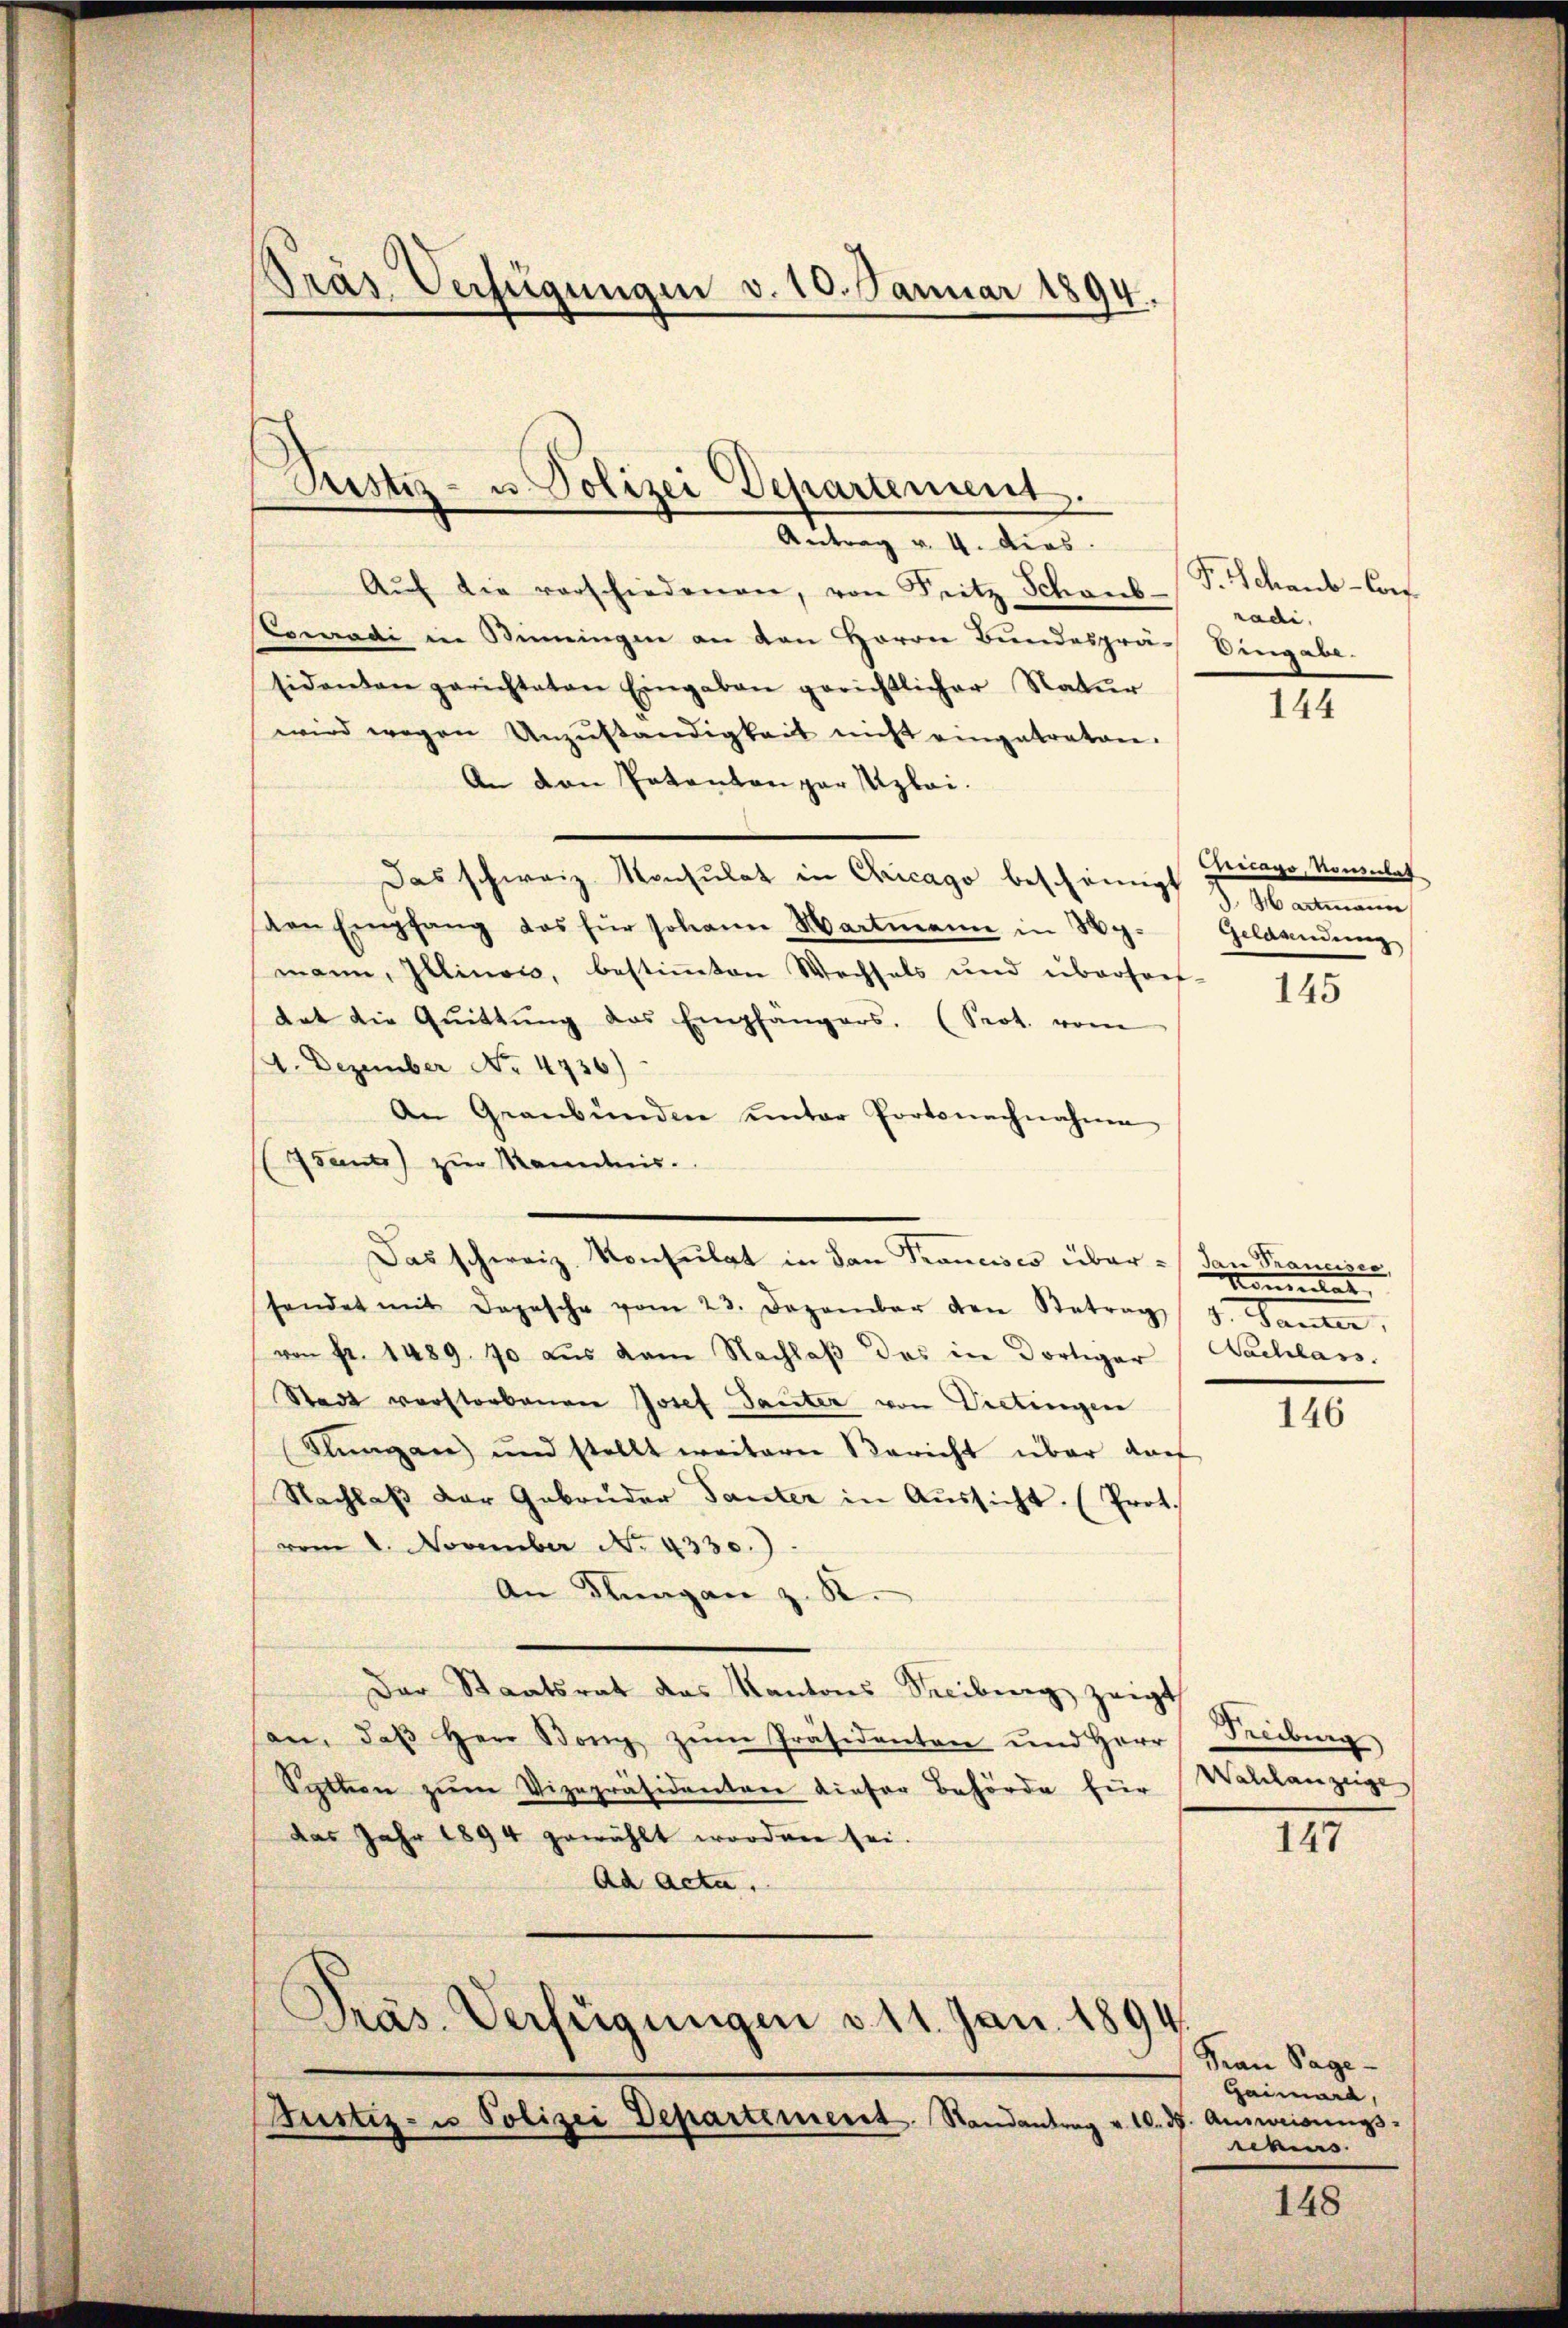
Präs. Verfügungen v. 10. Januar 1894.

Antrag v. 4. dies
Aŭf die verschiedenen, von Seitz Schaub-
Loradi in Biningen an den Herrn Bundesprä- Eingabe-
sidenten gerichteten Eingaben gerichtlicher Natŭr
wird wegen Unzŭständigkeit nicht eingetraten.
An den Patanton par Uzlai.
Das schweiz. Konsulat in Chicago bescheinigt & Hartmann
den Empfang das für Johann Martmann in Mg. Geldandŭng
mann, Illinow, bestimmten Wechsels und überfort-
tat die Qŭittŭng das Empfängers. (Prot. von
4. Dezember No. 4736)
An Graubünden unter Portsnachnahmen
Isants) zur Kenntnis.
sendet mit Depesche vom 23. Dezember den Betrag 5. Santen,
von Fr. 1489. 70 aus dem Nachlaβ das in dortiger Nachlass
Stadt vorstorbenen Josef Taciter von Vietiennen
Klungen) und stellt weiterer Bericht über darf
Nachlaβ der Gebrüder Tanter in Aŭssicht. (Prot.
vom 2. November No. 4330.)
An Fragen z. B.
Der Staatsrat des Kantons Streiburg zeigt
an, daβ Herr Bony zŭm Präsidenten und Herr Freiburg
Setten zŭm Vizepräsidenten dieser Behörde für
das Jahr 1894 gewählt worden sei.
Ad Acta.
Pras. Verfügungen 311. Jan. 1894
Justiz- u Polizei Departement. Randantrag v. 10. ds. Ausweisungs-

Pustiz- u. Polizei Departement.

Das schweiz. Konsulat in dan Francisco über - San Franciser,

P. Schaus-Conf
radi,

144

Geicago, Konsulat
145

Kommen

146

Walchanzeige

147

San Sage-
Gaimara,
ebe

148